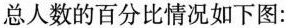
总人数的百分比情况如下图：